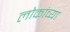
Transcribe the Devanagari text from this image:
लोकांच्‍या